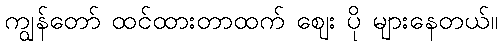
ကျွန်တော် ထင်ထားတာထက် ဈေး ပို များနေတယ်။